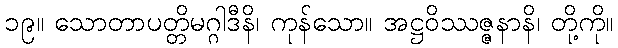
၁၉။ သောတာပတ္တိမဂ္ဂါဒီနိ၊ ကုန်သော။ အဋ္ဌဝိဿဇ္ဇနာနိ၊ တို့ကို။